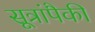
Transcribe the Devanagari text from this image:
सूत्रांपैकी